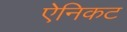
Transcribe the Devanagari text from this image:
ऐनिकट